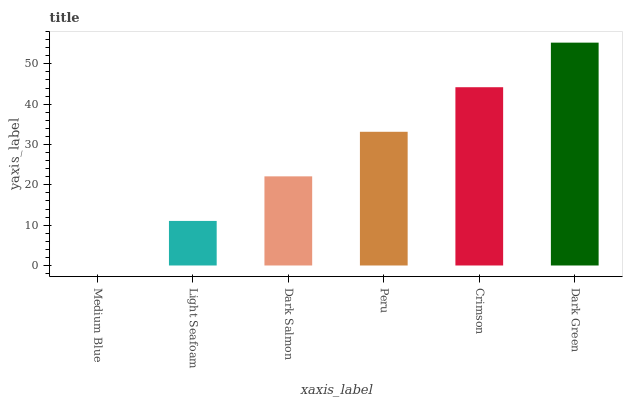
| xaxis_label | bars |
 | --- | --- |
 | Medium Blue | 0 |
 | Light Seafoam | 11.1 |
 | Dark Salmon | 22.1 |
 | Peru | 33.2 |
 | Crimson | 44.2 |
 | Dark Green | 55.3 |